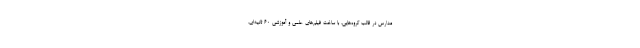
مدارس در قالب گروه‌هایی، با ساخت فیلم‌های علمی و آموزشی 60 ثانیه‌ای،